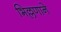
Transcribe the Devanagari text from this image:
भिल्लणाने